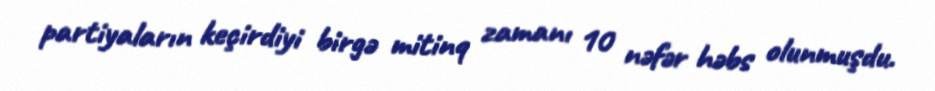
partiyaların keçirdiyi birgə mitinq zamanı 10 nəfər həbs olunmuşdu.